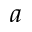
a